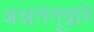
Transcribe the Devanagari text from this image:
अक्षतंतूद्वारे